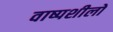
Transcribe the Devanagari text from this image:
वाष्पशीलों